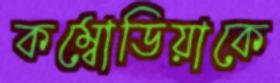
কম্বোডিয়াকে